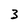
Character: 3